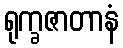
ရုက္ခဇာတာနံ